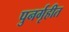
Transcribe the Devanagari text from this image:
पुनर्गृहीत